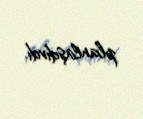
planlaşdırdı.